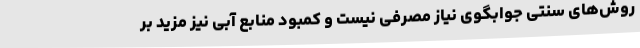
روش‌های سنتی جوابگوی نیاز مصرفی نیست و کمبود منابع آبی نیز مزید بر